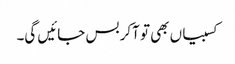
کسبیاں بھی تو آکر بس جائیں گی۔